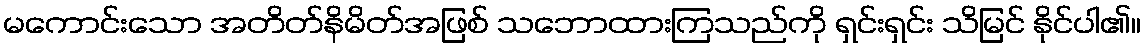
မကောင်းသော အတိတ်နိမိတ်အဖြစ် သဘောထားကြသည်ကို ရှင်းရှင်း သိမြင် နိုင်ပါ၏။